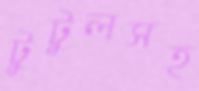
টুটুলসহ